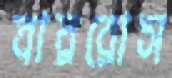
বাররোস